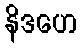
နိဒဟေ